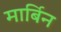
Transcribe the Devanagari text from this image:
मार्बिन